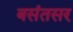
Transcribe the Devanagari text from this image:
बसंतसर